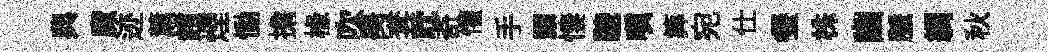
典魔迹薰趙煙慟擔椽吹昺套耽奇懽手顥悽驄嗔筭宛仕餐株幽脈綢秋